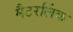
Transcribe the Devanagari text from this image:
मैटरलिंक